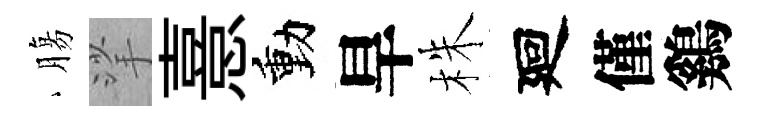
膓挲憙動旱株廻僅鷄